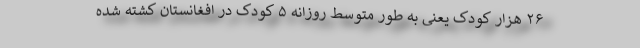
۲۶ هزار کودک یعنی به طور متوسط روزانه ۵ کودک در افغانستان کشته شده